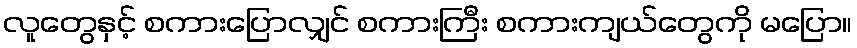
လူတွေနှင့် စကားပြောလျှင် စကားကြီး စကားကျယ်တွေကို မပြော။